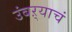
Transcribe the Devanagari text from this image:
उंबऱ्याचं